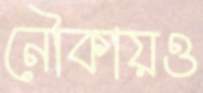
নৌকায়ও